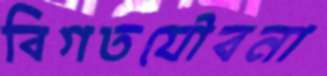
বিগতযৌবনা